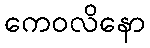
ကေဝလိနော